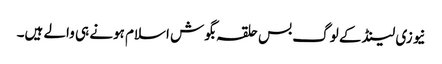
نیوزی لینڈ کے لوگ بس حلقہ بگوش اسلام ہونے ہی والے ہیں۔